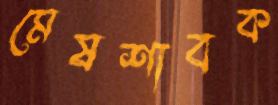
মেষশাবক